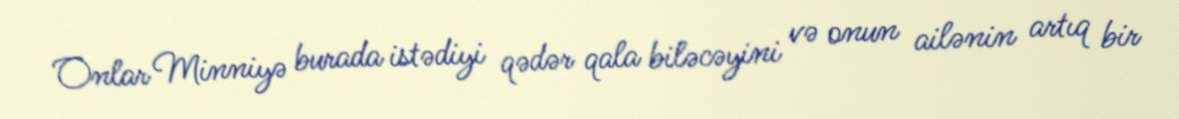
Onlar Minniyə burada istədiyi qədər qala biləcəyini və onun ailənin artıq bir